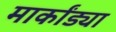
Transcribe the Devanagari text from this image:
मार्कांड्या